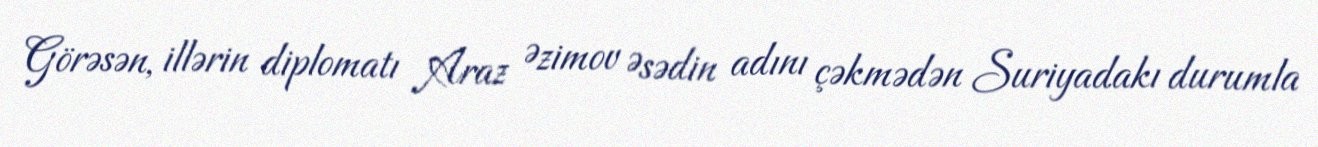
Görəsən, illərin diplomatı Araz Əzimov Əsədin adını çəkmədən Suriyadakı durumla